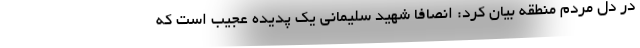
در دل مردم منطقه بیان کرد: انصافا شهید سلیمانی یک پدیده عجیب است که